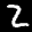
Label: 2